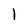
Character: l